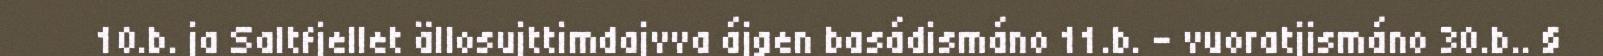
10.b. ja Saltfjellet ällosujttimdajvva ájgen basádismáno 11.b. - vuoratjismáno 30.b.. §